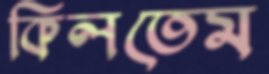
কিলতেম